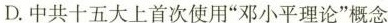
D.中共十五大上首次使用”邓小平理论”概念